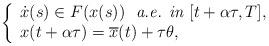
LaTeX: \begin{align*}\left\lbrace\begin{array}{l}\dot{x}(s)\in F(x(s))\ \textit{ a.e. in } [t+\alpha \tau,T],\\x(t+\alpha \tau)=\overline{x}(t)+\tau\theta, \end{array}\right.\end{align*}